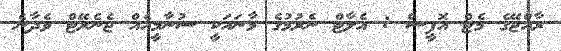
ރާއްޖޭގެ މެޓް އޮފީސް : އެލާޓް ނެރުމުގެ މާނައަކީ ސުނާމީއެއް ޖެނެރޭޓް ވެދާނެ